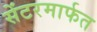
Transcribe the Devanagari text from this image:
सेंटरमार्फत